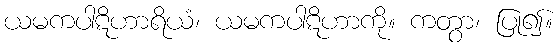
ယမကပါဋိဟာရိယံ၊ ယမကပါဋိဟာကို။ ကတွာ၊ ပြု၍။